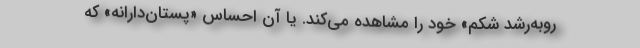
روبه‌رشد شکم» خود را مشاهده می‌کند. یا آن احساس «پستان‌دارانه» که